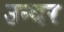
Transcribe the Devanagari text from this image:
उन्दर